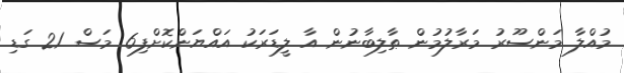
މުއްލާ މަންސޫރު މަރާލުމުން ޠާލިބާނުން އާ ލީޑަރަކު އައްޔަންކޮށްފި6 މަސް 21 ގަޑި